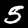
Label: 5